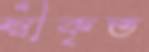
স্বীকৃত